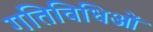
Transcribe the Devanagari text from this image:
गतिविधिओं